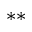
\ast \ast